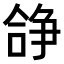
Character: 𠎈